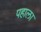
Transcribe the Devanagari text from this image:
पहाला